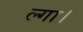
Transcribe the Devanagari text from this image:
ल्गा।